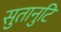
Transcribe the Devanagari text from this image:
सुतानुटि